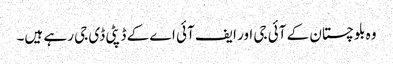
وہ بلوچستان کے آئی جی اور ایف آئی اے کے ڈپٹی ڈی جی رہے ہیں۔